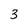
Character: 3